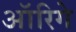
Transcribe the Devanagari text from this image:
ऑरिगे